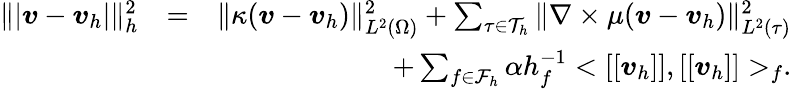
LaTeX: \begin{array}{rlr}{\| \vert\boldsymbol{v}-\boldsymbol{v}_{h}\vert\| _{h}^{2}}&{=}&{\| \kappa(\boldsymbol{v}-\boldsymbol{v}_{h})\| _{L^{2}(\Omega)}^{2}+\sum_{\tau\in\mathcal{T}_{h}}\| \nabla\times\mu(\boldsymbol{v}-\boldsymbol{v}_{h})\| _{L^{2}(\tau)}^{2}}\\ &{}&{+\sum_{f\in\mathcal{F}_{h}}\alpha h_{f}^{-1}<[[\boldsymbol{v}_{h}]],[[\boldsymbol{v}_{h}]]>_{f}.}\end{array}